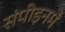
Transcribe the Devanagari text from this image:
संपीड़नमें